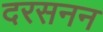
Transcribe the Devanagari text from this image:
दरसनन